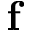
\textbf { f }